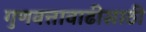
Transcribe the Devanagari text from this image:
गुणवत्तावाढीसाठी